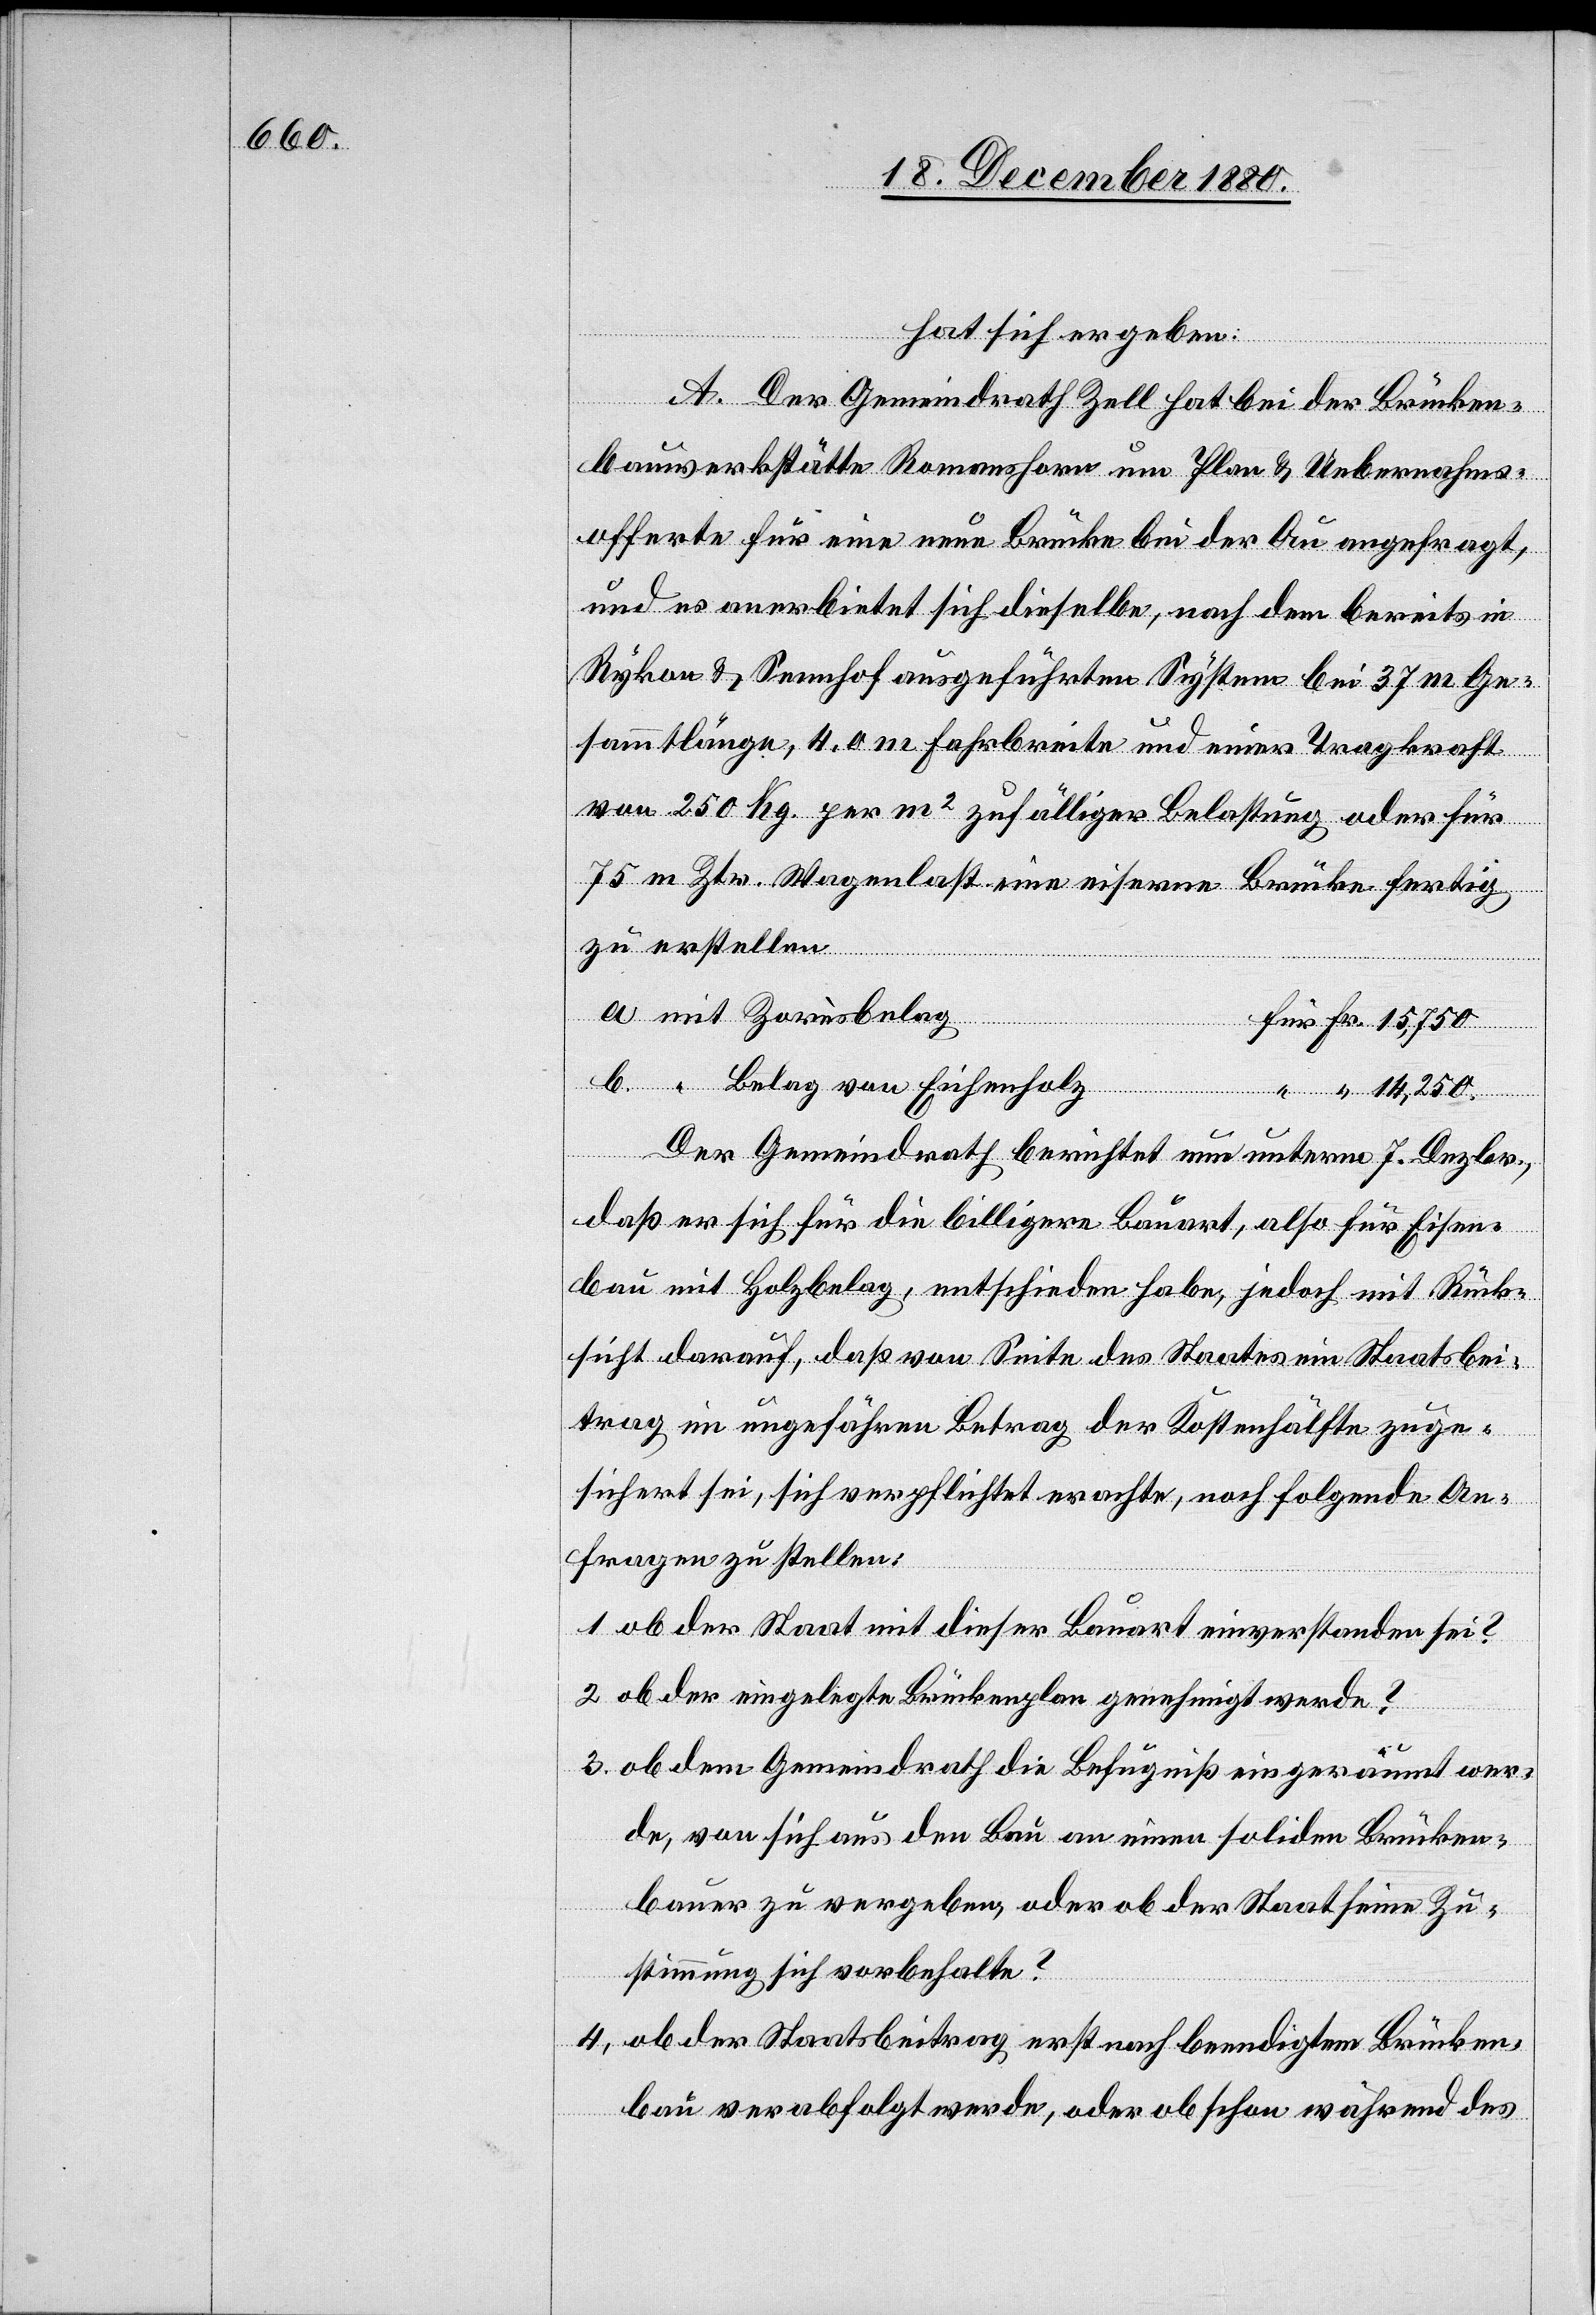
mit
hat sich ergeben:
A. Der Gemeindrath Zell hat bei der Brücken¬
bauwerkstätte Romanshorn um Plan & Uebernahms¬
offerte für eine neue Brücke bei der Au angefragt,
und es anerbietet sich dieselbe, nach dem bereits in
Rykon & Sennhof ausgeführten System bei 37 m Ge¬
sammtlänge, 4.0 Fahrbreite und einer Tragkraft
von 250 Kg per m2 zufälliger Belastung oder für
75 m Ztr. Wagenlast eine eiserne Brücke fertig
zu erstellen.
Belag von Eichenholz
Der Gemeindrath berichtet nun unterm 7. Dezbr.,
daß er sich für die billigere Bauart, also für Eisen¬
bau mit Holzbelag, entschieden habe, jedoch mit Rück¬
sicht darauf, daß von Seite des Staates ein Staatsbei¬
trag im ungefähren Betrag der Kostenhälfte zuge¬
sichert sei, sich verpflichtet erachte, noch folgende An¬
fragen zu stellen:
1. ob der Staat mit dieser Bauart einverstanden sei?
2. ob der eingelegte Brückenplan genehmigt werde?
3. ob dem Gemeindrath die Befugniß eingeräumt wer¬
de, von sich aus den Bau an einen soliden Brücken¬
bauer zu vergeben, oder ob der Staat seine Zu¬
stimmung sich vorbehalte?
4. ob der Staatsbeitrag erst nach beendigtem Brücken¬
bau verabfolgt werde, oder obschon während des